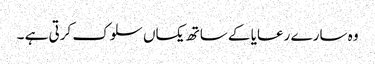
وہ سارے رعایا کے ساتھ یکساں سلوک کرتی ہے ۔